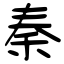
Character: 秦